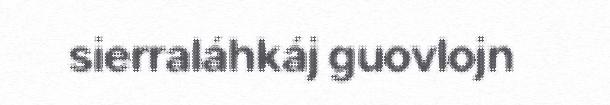
sierraláhkáj guovlojn